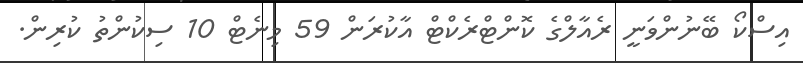
އިސްކޯ ބޭނުންވަނީ ރެއާލްގެ ކޮންޓްރެކްޓް އާކުރަން 59 މިނެޓް 10 ސިކުންތު ކުރިން.